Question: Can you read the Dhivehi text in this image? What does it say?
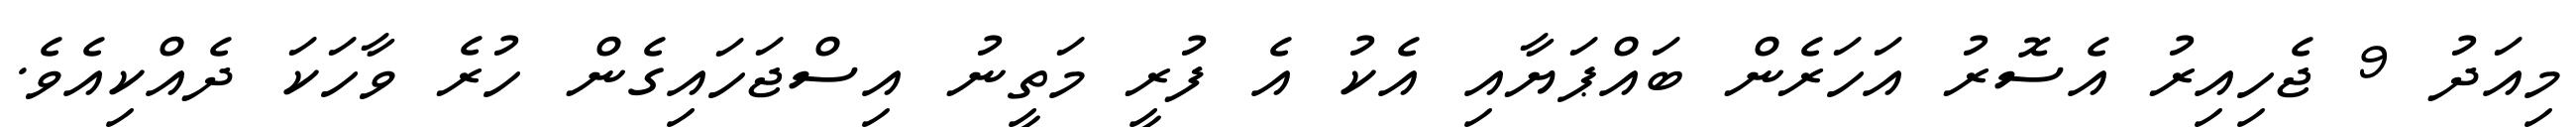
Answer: މިއަދު 9 ޖެހިއިރު އެސޮރު އަހަރެން ބައްޕަޔާއި އެކު އެ ފުރީ މަތީނު އިސްޖަހައިގެން ހުރެ ވާހަކަ ދެއްކިއެވެ.